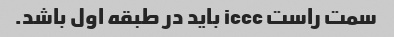
سمت راست iccc باید در طبقه اول باشد.